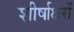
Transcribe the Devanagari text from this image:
शीर्षाक्षरों